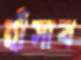
হাঁসাব